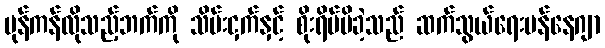
ပုန်ကန်လိုသည့်ဘက်ကို သိမ်းငှက်နှင့် စိုးရိမ်မိခဲ့သည် ဆက်သွယ်ရေးမန်နေဂျာ